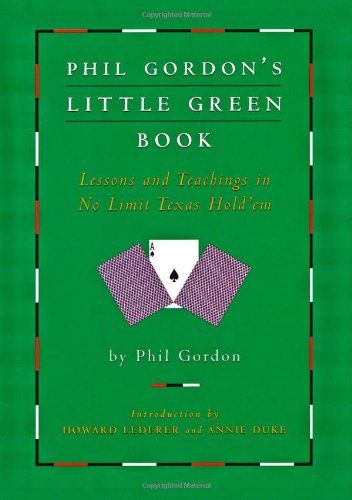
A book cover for Phil Gordon's Little Green Book: Lessons and Teachings in No Limit Texas Hold'em; Phil Gordon; Humor & Entertainment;